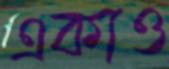
একাও